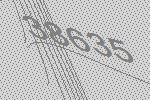
38635